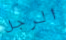
الرجل